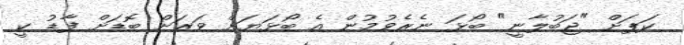
ކަޕަށް "ޖަބުލާނީ" ބޯޅަ ނެރެވުމުން އެ ބޯޅަޔަށް ވަރަށް ބޮޑަށް ފާޑު ކީ